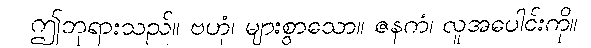
ဤဘုရားသည်။ ဗဟုံ၊ များစွာသော။ ဇနကံ၊ လူအပေါင်းကို။